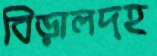
বিড়ালদহ